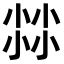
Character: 𡮐